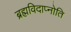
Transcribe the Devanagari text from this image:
ब्रह्मविदाप्नोति